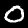
Digit: 0